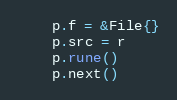
Language: Go
	p.f = &File{}
	p.src = r
	p.rune()
	p.next()